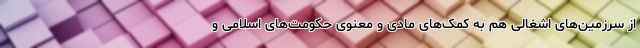
از سرزمین‌های اشغالی هم به کمک‌های مادی و معنوی حکومت‌های اسلامی و